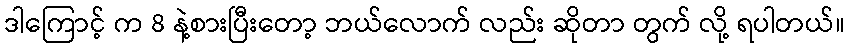
ဒါကြောင့် က 8 နဲ့စားပြီးတော့ ဘယ်လောက် လည်း ဆိုတာ တွက် လို့ ရပါတယ်။